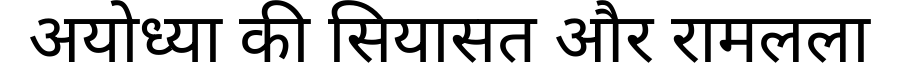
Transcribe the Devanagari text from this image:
अयोध्या की सियासत और रामलला